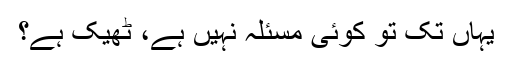
یہاں تک تو کوئی مسئلہ نہیں ہے، ٹھیک ہے؟